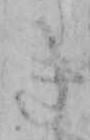
き